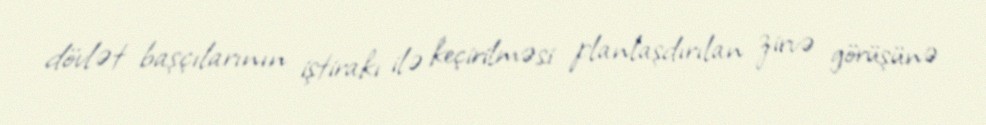
dövlət başçılarının iştirakı ilə keçirilməsi planlaşdırılan zirvə görüşünə